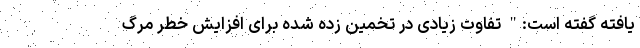
یافته گفته است:" تفاوت زیادی در تخمین زده شده برای افزایش خطر مرگ